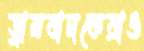
ড্রামবাদকেরাও